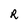
Character: R